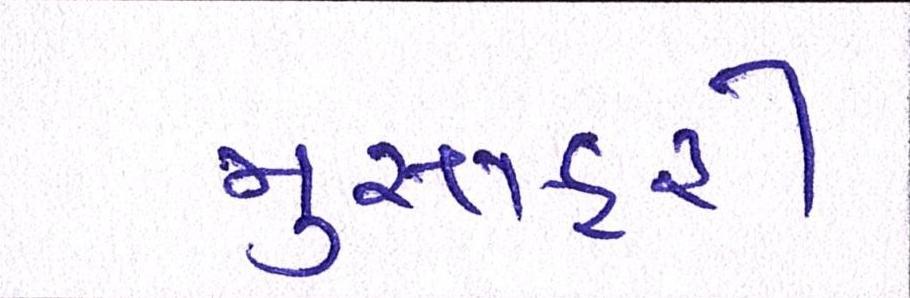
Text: મુસાફરી